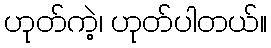
ဟုတ်ကဲ့၊ ဟုတ်ပါတယ်။